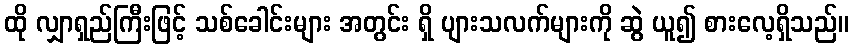
ထို လျှာရှည်ကြီးဖြင့် သစ်ခေါင်းများ အတွင်း ရှိ ပျားသလက်များကို ဆွဲ ယူ၍ စားလေ့ရှိသည်။